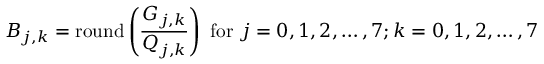
B _ { j , k } = \mathrm { r o u n d } \left( { \frac { G _ { j , k } } { Q _ { j , k } } } \right) { \mathrm { ~ f o r ~ } } j = 0 , 1 , 2 , \ldots , 7 ; k = 0 , 1 , 2 , \ldots , 7